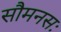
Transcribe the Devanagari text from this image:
सौमनसः